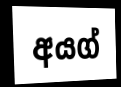
අයග්